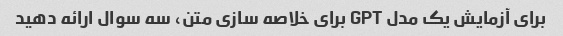
برای آزمایش یک مدل GPT برای خلاصه سازی متن، سه سوال ارائه دهید